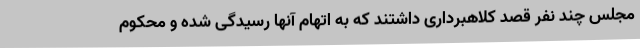
مجلس چند نفر قصد کلاهبرداری داشتند که به اتهام آنها رسیدگی شده و محکوم